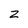
Character: Z